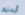
أردتم